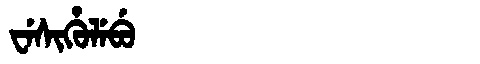
Manchu: ᠸᡝᠰᡳᡥᡠᠯᡝᠪᡠ
Romanization: WESIHULEBU